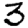
Digit: 3